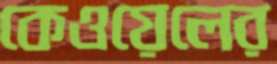
কেওয়েলের